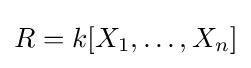
R=k[X_{1},\ldots ,X_{n}]